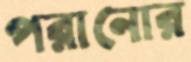
পরানোর